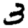
Digit: 3